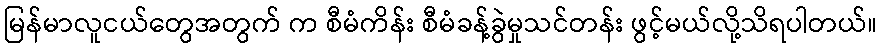
မြန်မာလူငယ်တွေအတွက် က စီမံကိန်း စီမံခန့်ခွဲမှုသင်တန်း ဖွင့်မယ်လို့သိရပါတယ်။